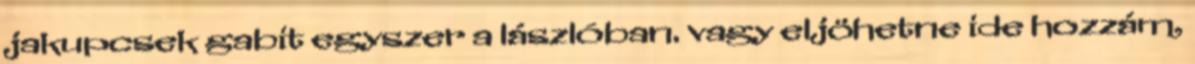
jakupcsek gabit egyszer a lászlóban. vagy eljöhetne ide hozzám,